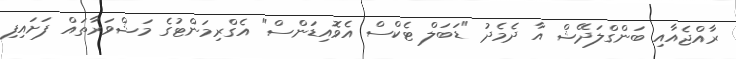
ރާއްޖެއާއި ބަންގްލަދޭޝް އާ ދެމެދު "ޑަބަލް ޓެކްސް އެވޮއިޑަންސް" އެގްރިމަންޓުގެ މަޝްވަރާތައް ފަށައިފި